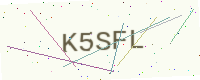
Text: K5SFL